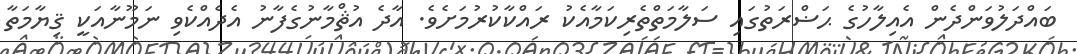
ބައްދަލުވަންދެން އެއިލާހުގެ ޙަޟްރަތުގައި ސަލާމަތްތެރިކަމާއެކު ރައްކާކުރުމަށެވެ. އާދެ އުޘްމާނުގެފާނު އެދެއްކެވި ނަމޫނާއަކީ ޤިޔާމަތާ